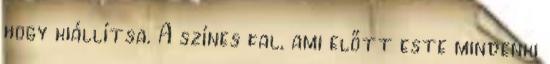
hogy kiállítsa. A színes fal, ami előtt este mindenki